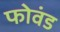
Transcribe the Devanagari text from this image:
फोवंड